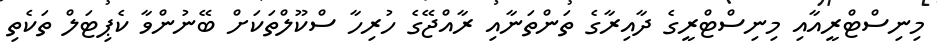
މިނިސްޓްރީއާއި މިނިސްޓްރީގެ ދާއިރާގެ ތަންތަނާއި ރާއްޖޭގެ ހުރިހާ ސްކޫލްތަކަށް ބޭނުންވާ ކެޕިޓަލް ތަކެތި